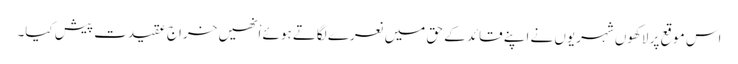
اس موقع پر لاکھوں شہریوں نے اپنے قائد کے حق میں نعرے لگاتے ہوئے اْنھیں خراج عقیدت پیش کیا۔